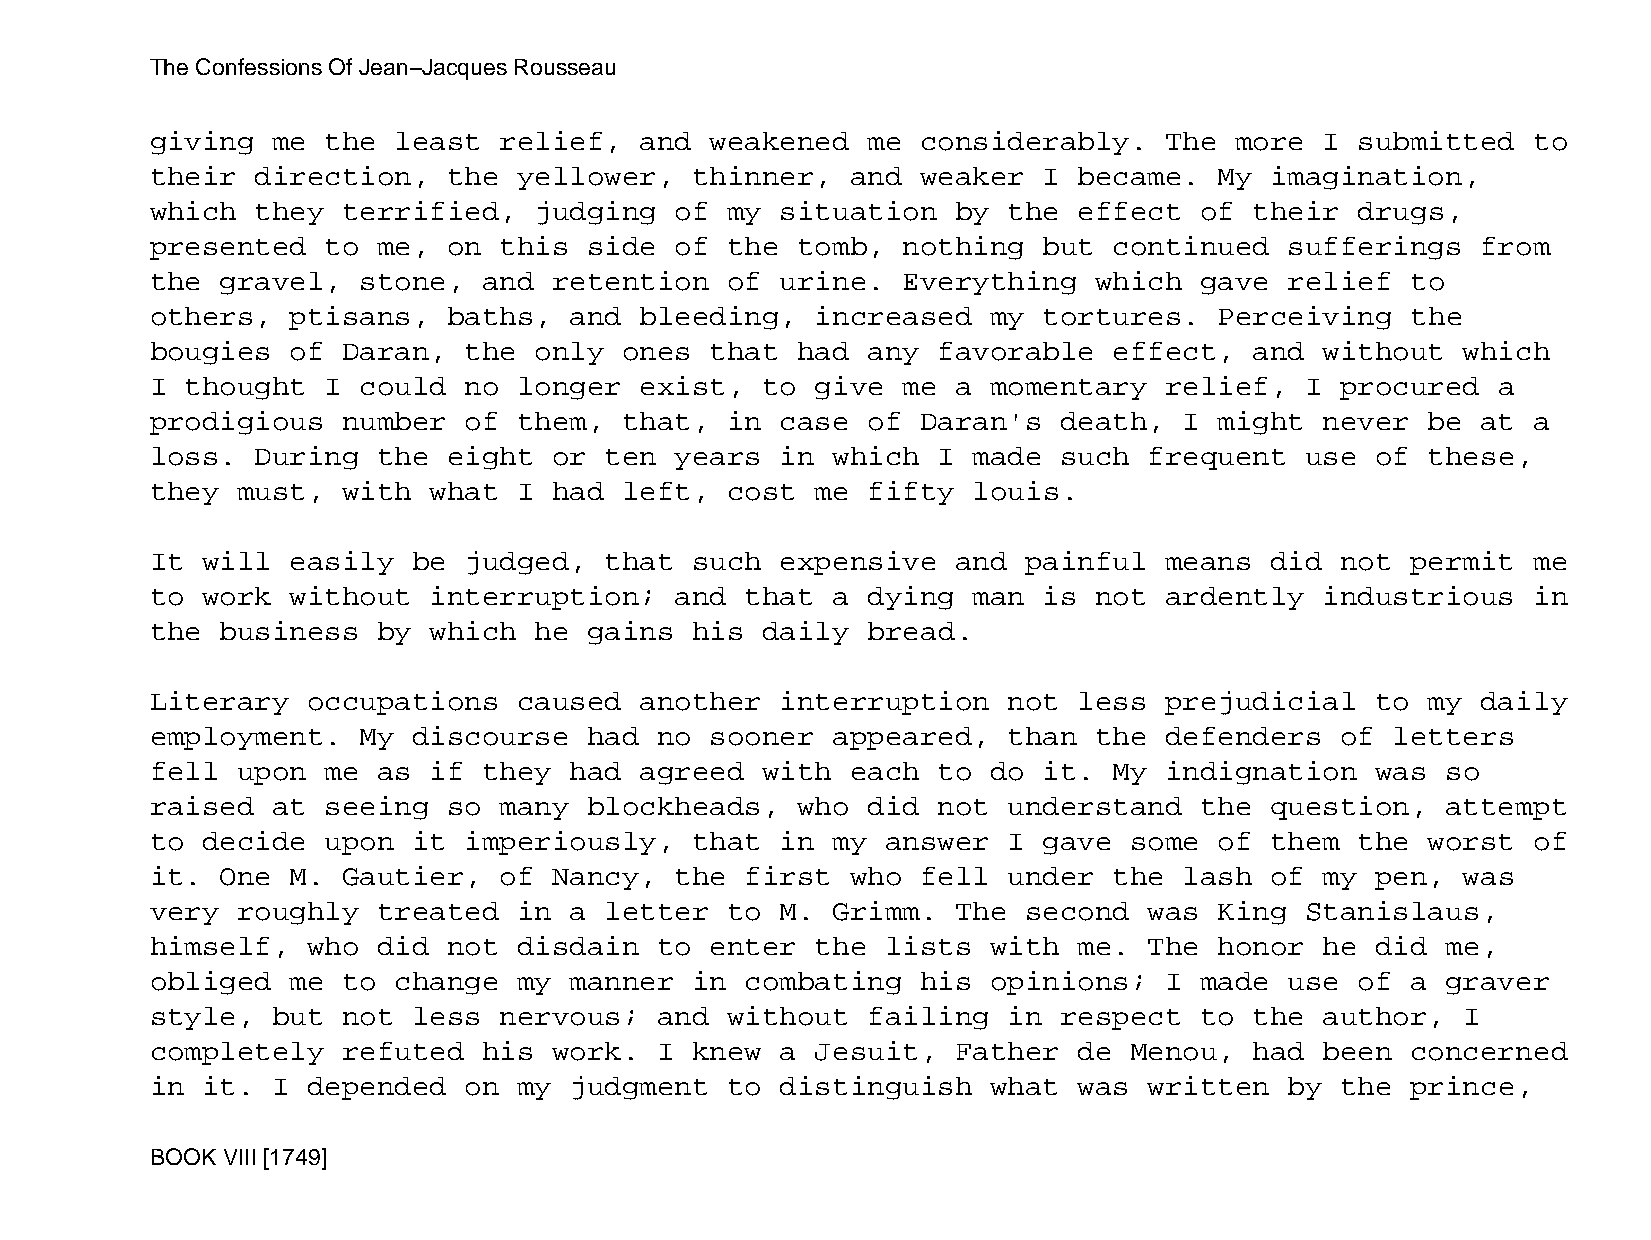
The Confessions Of Jean−Jacques Rousseau
 giving  me  the least  relief,  and  weakened  me  considerably.   The  more  I submitted  to
 their  direction,   the yellower,   thinner,  and  weaker  I became.   My imagination,
 which  they  terrified,  judging   of my  situation  by  the effect  of  their  drugs,
 presented   to me,  on this  side  of the  tomb,  nothing  but  continued  sufferings   from
 the  gravel,  stone,  and  retention  of  urine.  Everything  which  gave  relief  to
 others,  ptisans,   baths,  and bleeding,   increased   my tortures.   Perceiving  the
 bougies  of  Daran,  the only  ones  that  had any  favorable   effect,  and  without  which
 I thought   I could  no longer  exist,  to  give  me a  momentary  relief,  I  procured  a
 prodigious   number  of them,  that,  in  case of  Daran's  death,  I  might  never  be at a
 loss.  During  the  eight  or ten  years  in which  I made  such  frequent  use  of  these,
 they  must,  with what  I  had left,  cost  me fifty  louis.
 It will  easily  be  judged,  that  such  expensive  and  painful  means  did  not permit  me
 to work  without  interruption;    and that  a dying  man  is not  ardently   industrious  in
 the  business  by which  he  gains  his daily  bread.
 Literary  occupations   caused  another   interruption   not less  prejudicial   to  my daily
 employment.   My discourse   had  no sooner  appeared,   than the  defenders   of letters
 fell  upon  me as if  they  had agreed  with  each  to  do it.  My indignation   was  so
 raised  at  seeing  so many  blockheads,   who did  not  understand  the  question,   attempt
 to decide   upon it  imperiously,   that  in my  answer  I gave  some  of them  the  worst of
 it.  One M.  Gautier,  of  Nancy,  the first  who  fell  under  the lash  of  my pen,  was
 very  roughly  treated  in  a letter  to  M. Grimm.  The  second  was  King Stanislaus,
 himself,  who  did  not disdain   to enter  the  lists  with me.  The  honor  he did  me,
 obliged  me  to change  my  manner  in combating   his  opinions;  I made  use  of a  graver
 style,  but  not less  nervous;   and without  failing   in respect  to  the  author,  I
 completely   refuted  his  work.  I knew  a Jesuit,  Father  de  Menou,  had  been concerned
 in it.  I depended   on my  judgment  to  distinguish   what was  written  by  the prince,
 BOOK VIII [1749]